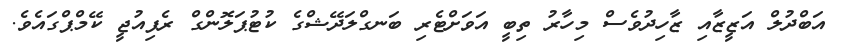
އަބްދުލް އަޒީޒާއި ޒާހިދުވެސް މިހާރު ތިބީ އަވަށްޓެރި ބަނގްލަދޭޝްގެ ކުޓުޕަލޮންގް ރެފިއުޖީ ކޭމްޕްގައެވެ.